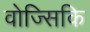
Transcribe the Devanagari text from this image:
वोज्सिकि